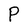
Character: P